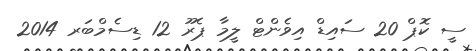
ސީ ކޮޕް 20 ސައިޑް އިވެންޓް ލީމާ ޕެރޫ 12 ޑިސެމްބަރ 2014